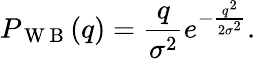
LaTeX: P_{\mathrm{~W~B~}}(q)=\frac{q}{\sigma^{2}}e^{-\frac{q^{2}}{2\sigma^{2}}}.